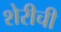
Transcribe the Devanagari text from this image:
शेरीची